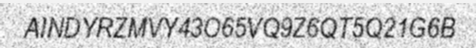
AINDYRZMVY43O65VQ9Z6QT5Q21G6B